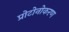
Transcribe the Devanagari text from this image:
प्रोटोनोकरण